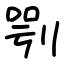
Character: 㓵